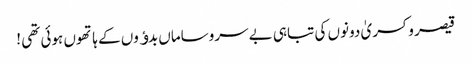
قیصر و کسریٰ دونوں کی تباہی بے سروساماں بدﺅوں کے ہاتھوں ہوئی تھی !